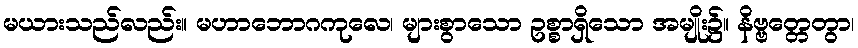
မယားသည်လည်း။ မဟာဘောဂကုလေ၊ များစွာသော ဥစ္စာရှိသော အမျိုး၌။ နိဗ္ဗတ္တေတွာ၊